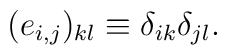
(e_{i,j})_{kl} \equiv \delta_{ik} \delta_{jl}.